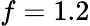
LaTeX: f=1.2